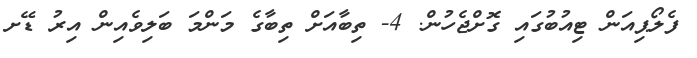
ފެލޯޕިއަން ޓިއުބުގައި ގޮށްޖެހުން. 4- ތިބާއަށް ތިބާގެ މަންމަ ބަލިވެއިން އިރު ޑޭށ